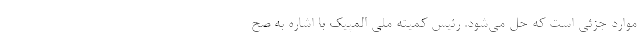
موارد جزئی است که حل می‌شود. رئیس کمیته ملی المپیک با اشاره به صح